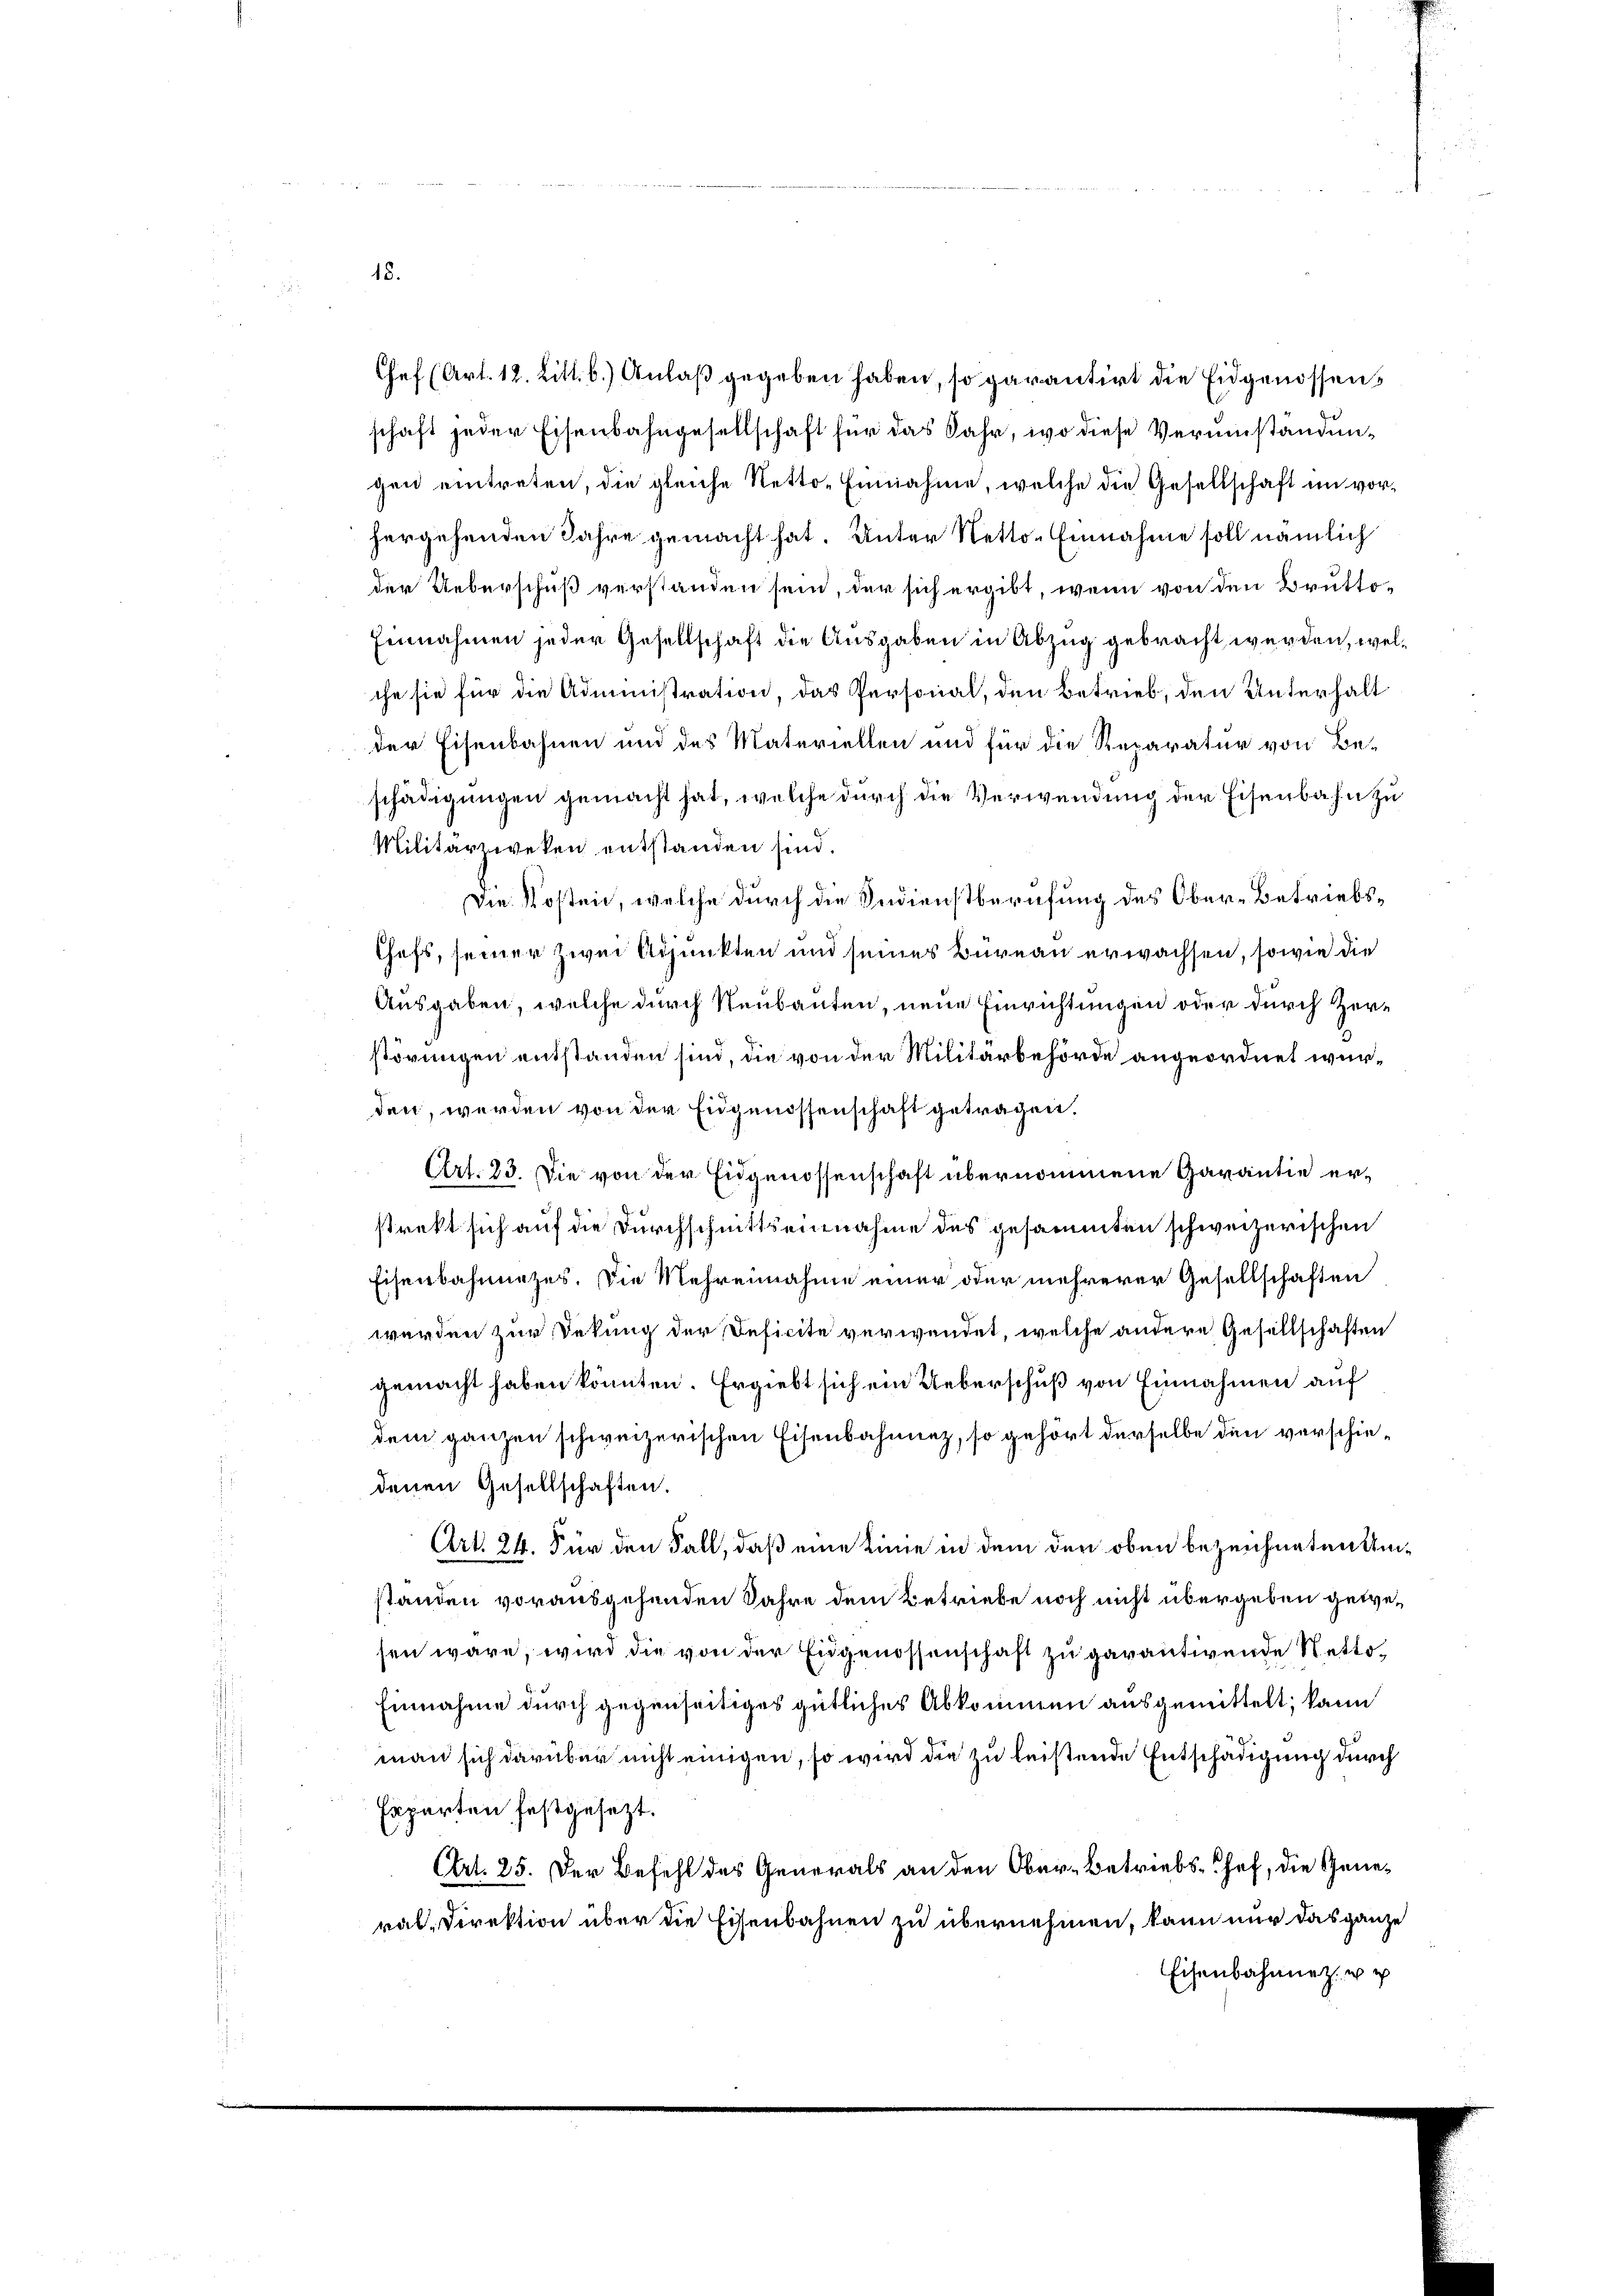
18.

Chef (Art. 12. Litt. b.) Anlaß gegeben haben, so garantirt die Eidgenossens
schaft jeder Eisenbahngesellschaft für das Jahr, wo diese Verumständungen eintreten, die gleiche Netto-Einnahme, welche die Gesellschaft im vorhergehenden Jahre gemacht hat. Unter Netto-Einnahme soll nämlich
der Ueberschuß verstanden sein, der sich ergibt, wenn von den Brutto¬
Einnahmen jeder Gesellschaft die Ausgaben in Abzug gebracht werden, welche sie für die Administration, das Personal, den Betrieb, den Unterhalt
der Eisenbahnen und des Materiellen und für die Reparatur von Beschädigungen gemacht hat, welche durch die Verwendung der Eisenbahn zu
Militärzweken entstanden sind.
Die Kosten, welche durch die Indienstberufung des Ober-Betriebs¬
Chefs, seiner zwei Adjunkten und seines Büreau erwachsen, sowie die
Ausgaben, welche durch Neubauten, neue Einrichtungen oder durch Zerstörungen entstanden sind, die von der Militärbehörde angeordnet würden, werden von der Eugenossenschaft getragen,
Art. 23. Die von der Eidgenossenschaft übernommene Garantie erstrekt sich auf die Durchschnittseinnahme des gesammten schweizerischen
Eisenbahnuntes. Die Mehrennahme einer oder mehrerer Gesellschaften
werden zur Dekung der Deficite verwendet, welche andere Gesellschaften
gemacht haben könnten. Er giebt sich ein Ueberschuß von Einnahmen auf
dem ganzen schweizerischen Eisenbahnnez, so gehört derselbe den verschiedenen Gesellschaften.
Art. 24. Für den Fall, daß eine Linie in dem den oben bezeichneten Umstanden vorausgehenden Jahre dem Betriebe noch nicht übergeben gewesen wäre, wird die von der Eidgenossenschaft zu garantivende Netto¬
Einnahme durch gegenseitiges gütliches Abkommen ausgemittelt, kann
man sich darüber nicht einigen, so wird die zu leistende Entschädigung durch
Experten festgesezt.
Art. 25. Der Befehl des Generals an den Ober-Betriebs-Chef, die General-Direktion über die Eisenbahnen zu übernehmen, kann nur das ganze
Eisenbahnnet u